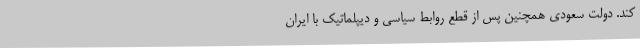
کند. دولت سعودی همچنین پس از قطع روابط سیاسی و دیپلماتیک با ایران